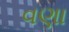
વણા